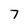
Character: 7